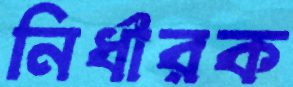
নির্ধারক